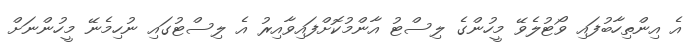
އެ އިންތިހާބުފައި ވޯޓުލެވޭ މީހުންގެ ލިސްޓު އާންމުކޮށްފައިވާއިރު އެ ލިސްޓުގައި ނުހިމެނޭ މީހުންނަށް